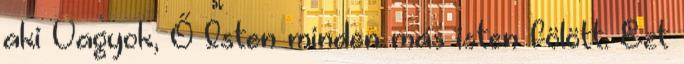
aki Vagyok, Ő Isten minden más isten fölött. Ezt